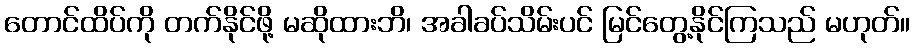
တောင်ထိပ်ကို တက်နိုင်ဖို့ မဆိုထားဘိ၊ အခါခပ်သိမ်းပင် မြင်တွေ့နိုင်ကြသည် မဟုတ်။